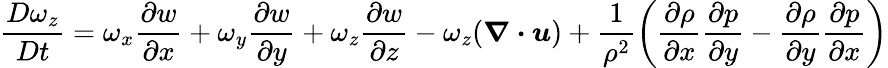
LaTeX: \frac{D\omega_{z}}{Dt}=\omega_{x}\frac{\partial w}{\partial x}+\omega_{y}\frac{\partial w}{\partial y}+\omega_{z}\frac{\partial w}{\partial z}-\omega_{z}(\boldsymbol{\nabla\cdot u})+\frac{1}{\rho^{2}}\bigg(\frac{\partial\rho}{\partial x}\frac{\partial p}{\partial y}-\frac{\partial\rho}{\partial y}\frac{\partial p}{\partial x}\bigg)